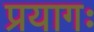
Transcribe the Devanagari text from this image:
प्रयागः